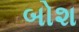
બોશ